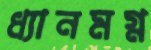
ধ্যানমগ্ন